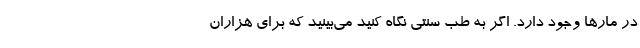
در مارها وجود دارد. اگر به طب سنتی نگاه کنید می‌بینید که برای هزاران